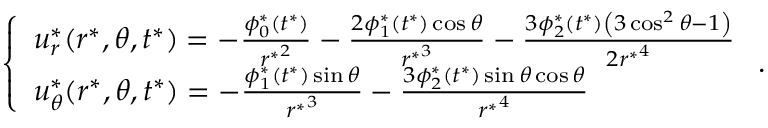
\left\{ \begin{array} { l } { u _ { r } ^ { * } ( r ^ { * } , \theta , t ^ { * } ) = - \frac { \phi _ { 0 } ^ { * } ( t ^ { * } ) } { { r ^ { * } } ^ { 2 } } - \frac { 2 \phi _ { 1 } ^ { * } ( t ^ { * } ) \cos \theta } { { r ^ { * } } ^ { 3 } } - \frac { 3 \phi _ { 2 } ^ { * } ( t ^ { * } ) \left( 3 \cos ^ { 2 } \theta - 1 \right) } { 2 { r ^ { * } } ^ { 4 } } } \\ { u _ { \theta } ^ { * } ( r ^ { * } , \theta , t ^ { * } ) = - \frac { \phi _ { 1 } ^ { * } ( t ^ { * } ) \sin \theta } { { r ^ { * } } ^ { 3 } } - \frac { 3 \phi _ { 2 } ^ { * } ( t ^ { * } ) \sin \theta \cos \theta } { { r ^ { * } } ^ { 4 } } } \end{array} \right. .